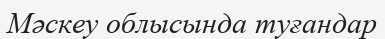
Мәскеу облысында туғандар